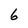
Character: 6